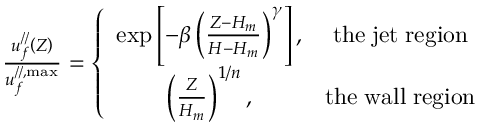
\begin{array} { r } { \frac { u _ { f } ^ { / / } \left( Z \right) } { u _ { f } ^ { / / , \operatorname* { m a x } } } = \left\{ \begin{array} { c c } { \mathrm { e x p } \left[ - \beta \left( \frac { Z - H _ { m } } { H - H _ { m } } \right) ^ { \gamma } \right] , } & { \mathrm { t h e \; j e t \; r e g i o n } } \\ { \left( \frac { Z } { H _ { m } } \right) ^ { 1 / n } , } & { \mathrm { t h e \; w a l l \; r e g i o n } } \end{array} \right. } \end{array}